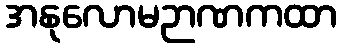
အနုလောမဉာဏကထာ